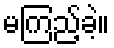
မကြည့်ခဲ့။